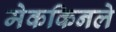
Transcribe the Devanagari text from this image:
मेककिनले